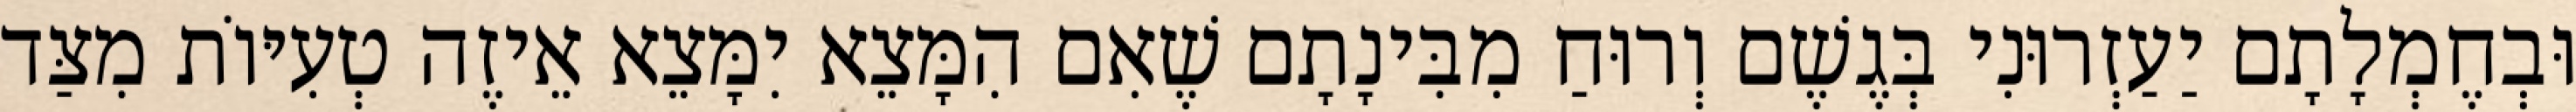
וּבְחֶמְלָתָם יַעַזְרוּנִי בְּגֶשֶׁם וְרוּחַ מִבִּינָתָם שֶׁאִם הִמָּצֵא יִמָּצֵא אֵיזֶה טְעִיּוֹת מִצַּד